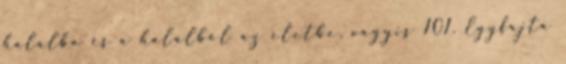
halálba és a halálból az életbe, vagyis 101. Egyfajta